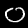
Label: 0